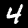
Digit: 4